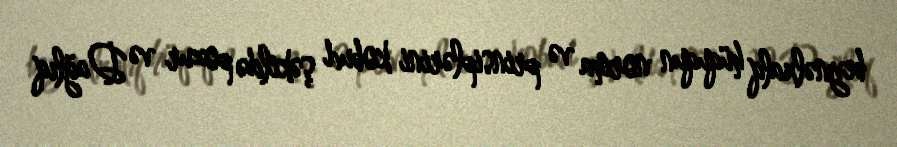
beynəlxalq hüququn norma və prinsiplərini kobud şəkildə pozur və Dağlıq